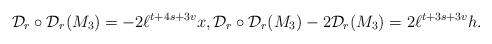
LaTeX: \begin{align*}\mathcal{D}_r \circ \mathcal{D}_r(M_3)=-2 \ell^{t+4s+3v} x, \mathcal{D}_r \circ \mathcal{D}_r(M_3)-2\mathcal{D}_r(M_3)=2 \ell^{t+3s+3v}h.\end{align*}